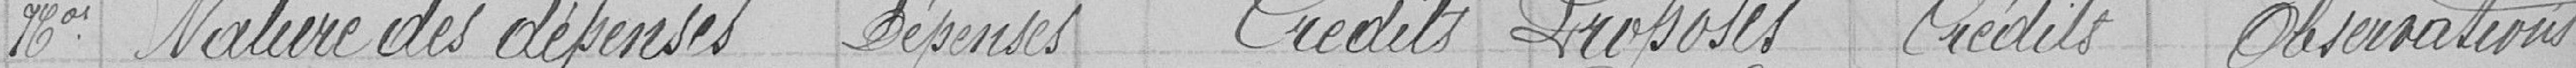
Mos Nature des dépenses Dépenses Crédit proposés Crédit Observations